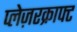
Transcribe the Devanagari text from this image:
प्लेज़रक्राफ्ट